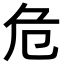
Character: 危